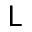
\textsf { L }